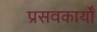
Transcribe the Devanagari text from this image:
प्रसवकार्यों